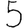
Digit: 5